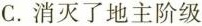
C.消灭了地主阶级